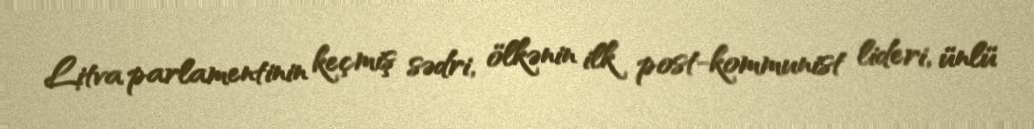
Litva parlamentinin keçmiş sədri, ölkənin ilk post-kommunist lideri, ünlü